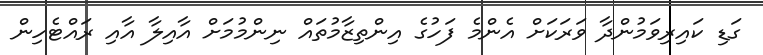
ގަޑި ކައިރިވަމުންދާ ވަރަކަށް އެންމެ ފަހުގެ އިންތިޒާމުތައް ނިންމުމަށް އާއިލާ އާއި ރައްޓެހިން